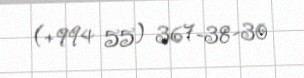
(+994 55) 367-38-30